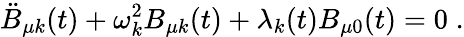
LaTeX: \ddot{B}_{\mu k}(t)+\omega_{k}^{2}B_{\mu k}(t)+\lambda_{k}(t)B_{\mu 0}(t)=0\; .